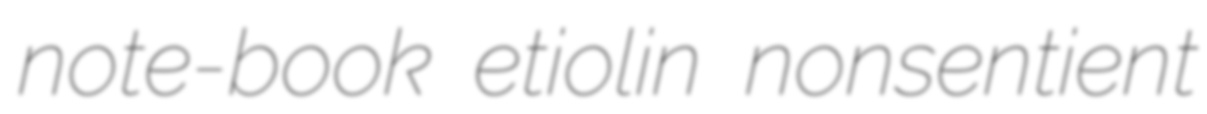
note-book etiolin nonsentient